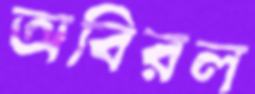
অবিরল